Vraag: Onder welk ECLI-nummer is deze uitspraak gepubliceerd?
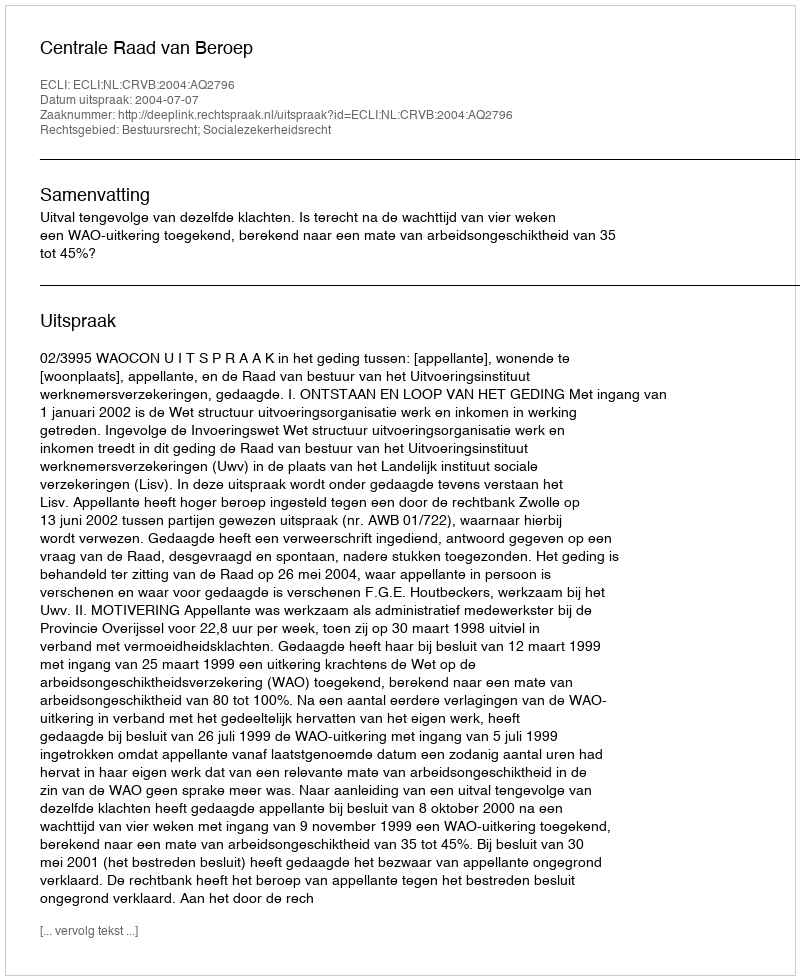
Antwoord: ECLI:NL:CRVB:2004:AQ2796